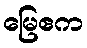
မြေဧက